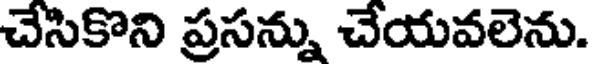
చేసికొని ప్రసన్ను చేయవలెను.